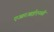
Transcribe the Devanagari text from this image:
एआरआईएनसी